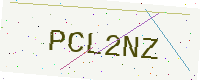
Text: PCL2NZ